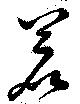
若